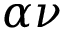
\alpha \nu